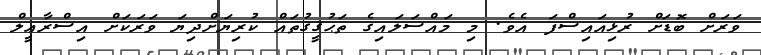
ވަރަށް ބޮޑަށް ރުޅިއައިސްފަ އެވެ. މި މައްސަލައިގެ ތަޙުޤީޤުތައް ކުރިޔަށްދިޔަ ވަރަކަށް އިސްރާޢީލް